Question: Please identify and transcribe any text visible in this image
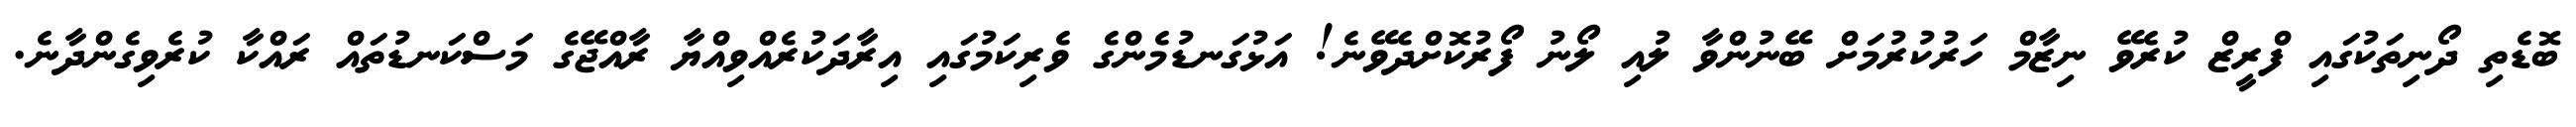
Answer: ބޮޑެތި ދޯނިތަކުގައި ފްރީޒް ކުރެވޭ ނިޒާމް ހަރުކުރުމަށް ބޭނުންވާ ލުއި ލޯނު ފޯރުކޮށްދެވޭނެ! އަޅުގަނޑުމެންގެ ވެރިކަމުގައި އިރާދަކުރެއްވިއްޔާ ރާއްޖޭގެ މަސްކަނޑުތައް ރައްކާ ކުރެވިގެންދާނެ.